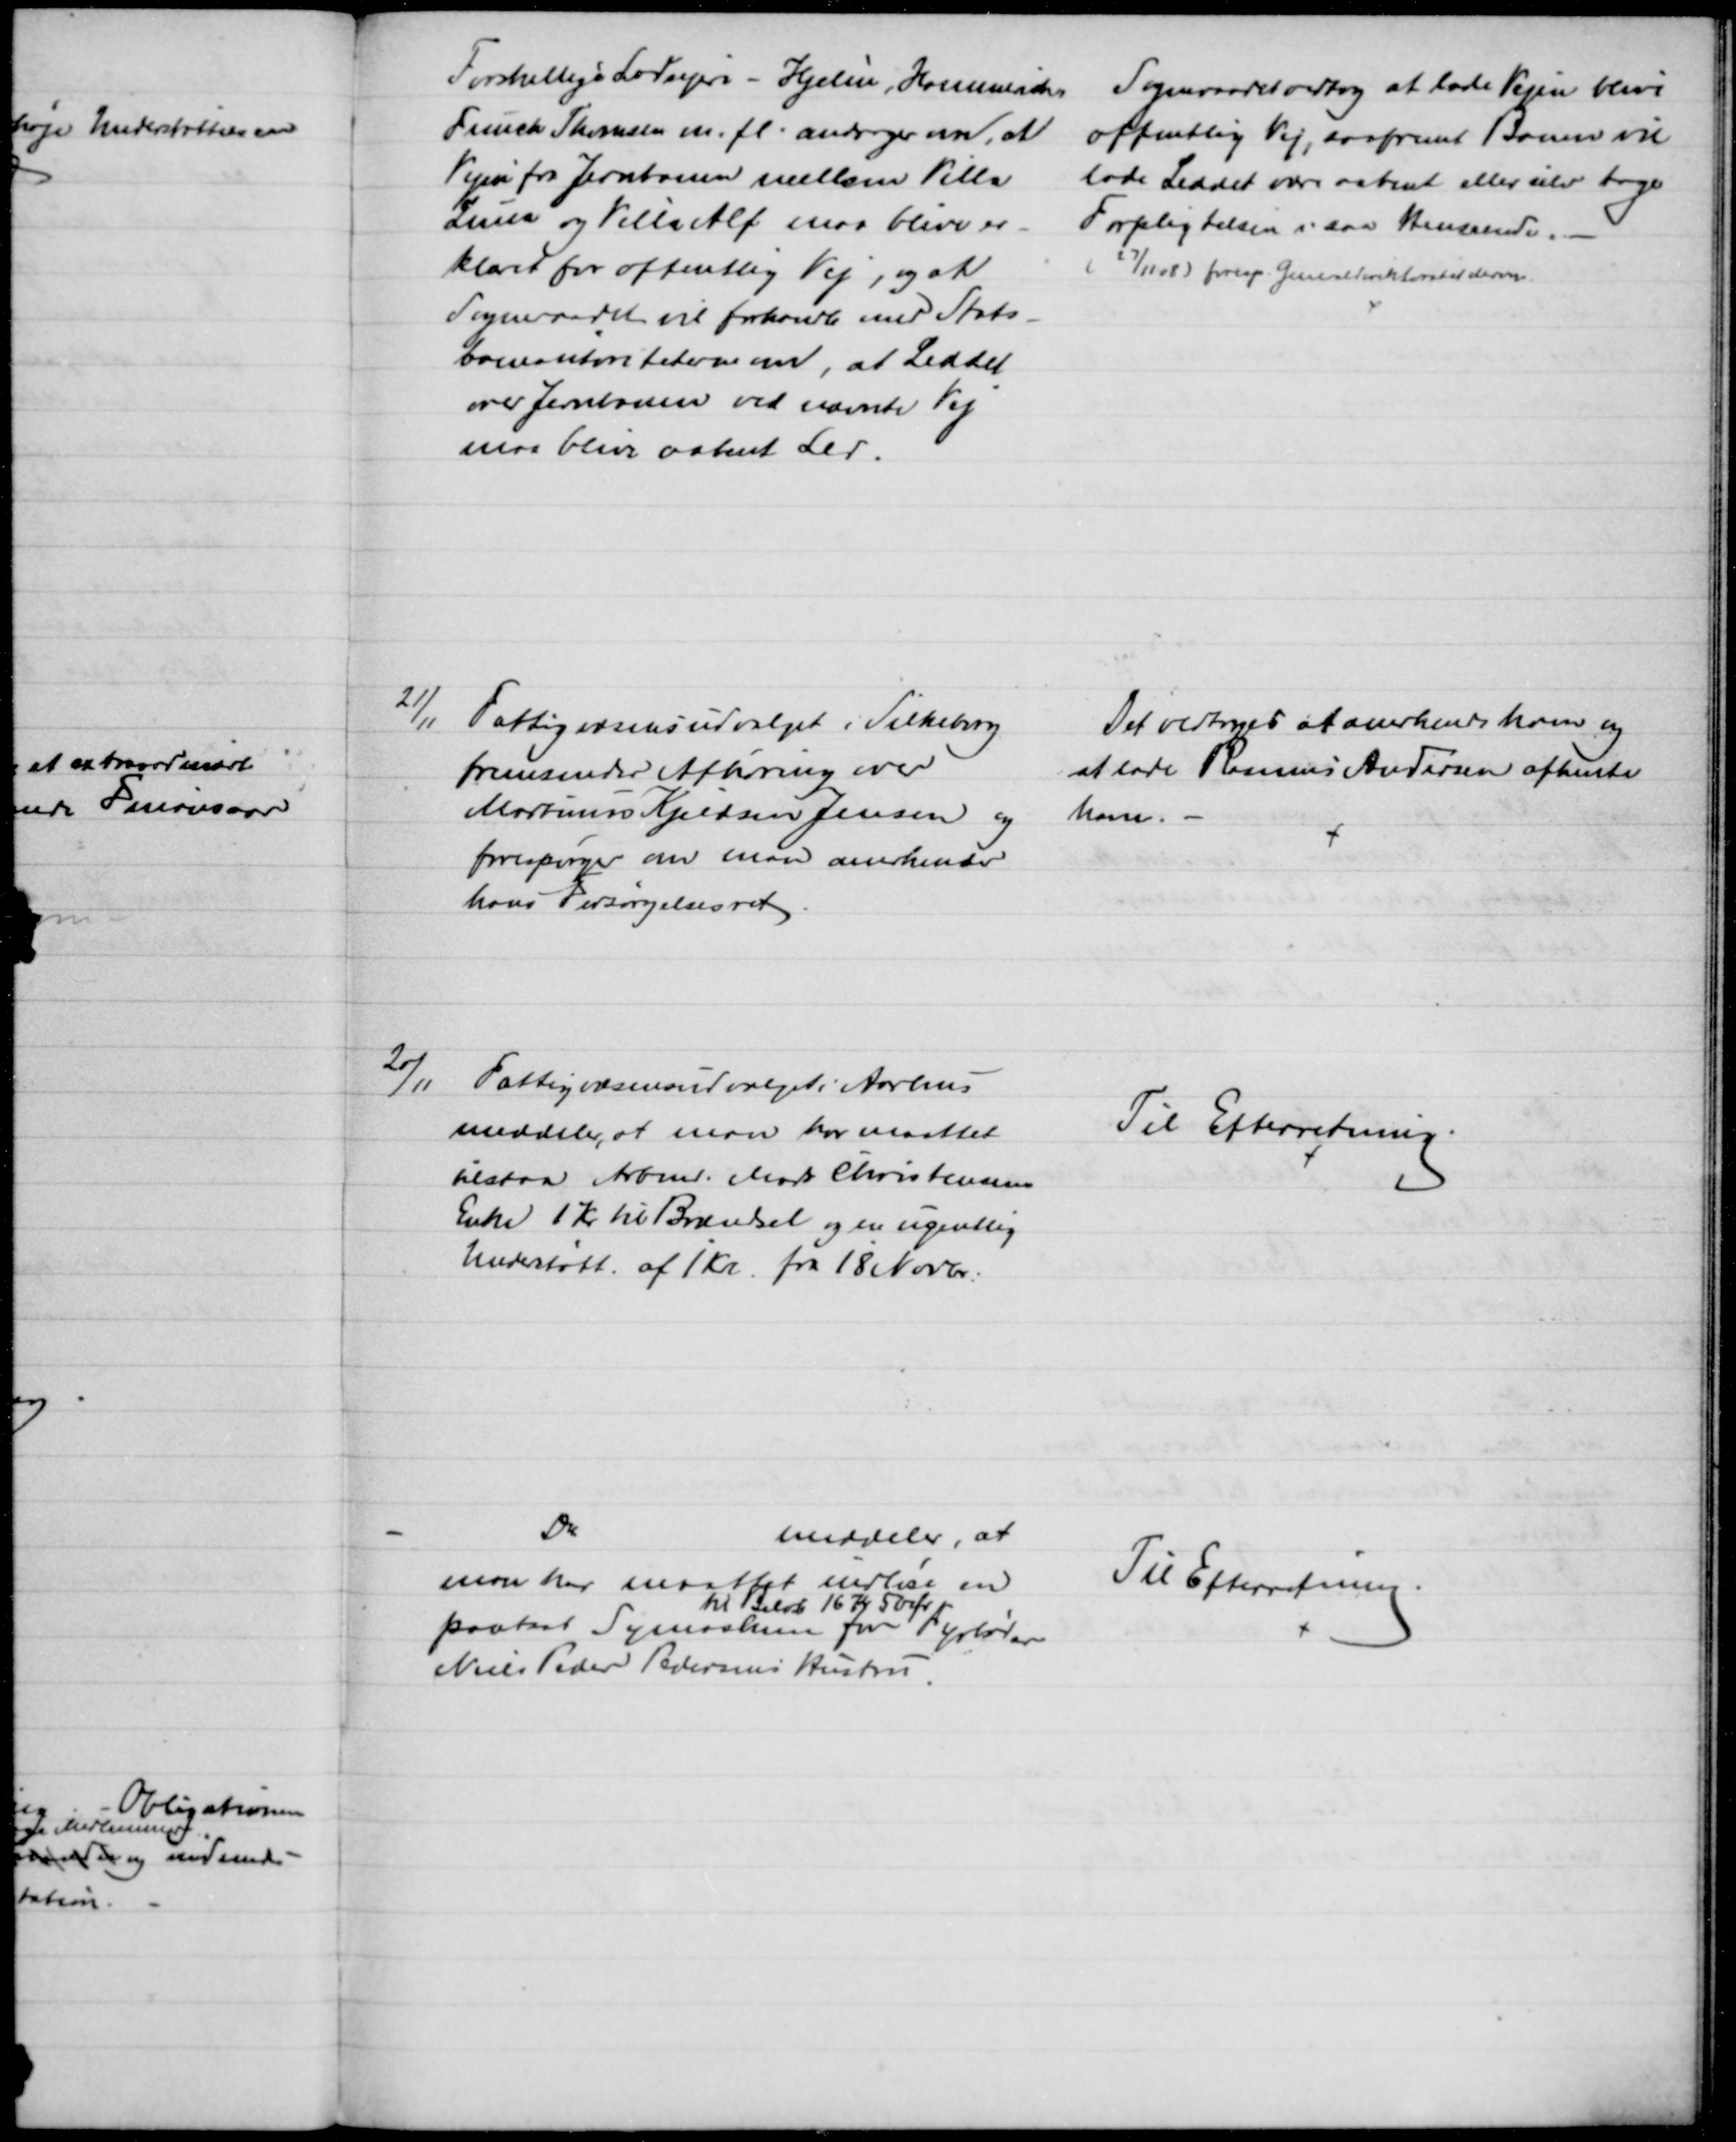
Transskription:
Forskellige Lodsejere - Hjelm, Hammerich
Funch Thomsen m. fl. andrager om, at
Vejen fra Jernbanen mellem Villa
Luna og Villa Alf maa blive er-
klæret for offentlig Vej, og at
Sogneraadet vil forhandle med Stats-
baneautoriteterne om, at Leddet
over Jernbanen ved nævnte Vej
maa blive aabent Led.
Sogneraadet vedtog at lade Vejen blive
offentlig Vej, saafremt Banen vil 
lade Leddet være aabent eller selv tage
Forpligtelsen i saa Henseende.
(27/11 08) foresp. Genealdirektoratet derom.
21/11 Fattigvæsensudvalget i Silkeborg
fremsender Afhøring over
Morten Kjeldsen Jensen og
forespørger om man anerkender
hans Forsørgelsesret
Det vedtoges at anerkende ham og
at lade Rasmus Andersen afhente
ham.
20/11
Fattigvæsensudvalget i Aarhus
meddeler, at man har maattet
tilstaa Arbmd. Mads Christensens
Enke 1 Kr til Brændsel og en ugentlig
Understøtt. af 1 Kr. fra 18 Novbr.
Til Efterretning.
Do
meddeler, at
man har maattet indløse en
pantsat Symaskine 
til Beløb 16 Kr 50 Øre 
for Fyrbøder
Niels Peder Pedersens Hustru
Til Efterretning